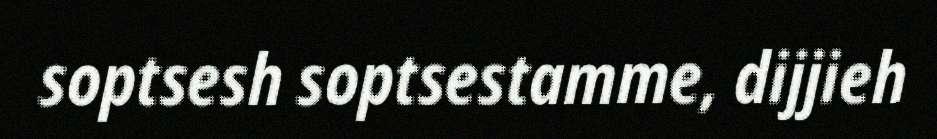
soptsesh soptsestamme, dijjieh